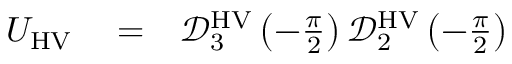
\begin{array} { r l r } { U _ { \mathrm { H V } } } & { { } = } & { \mathcal { D } _ { 3 } ^ { \mathrm { H V } } \left( - \frac { \pi } { 2 } \right) \mathcal { D } _ { 2 } ^ { \mathrm { H V } } \left( - \frac { \pi } { 2 } \right) } \end{array}